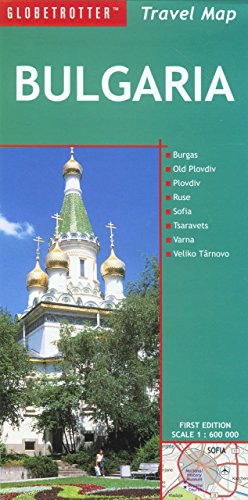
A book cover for Bulgaria Travel Map (Globetrotter Travel Map); Globetrotter; Travel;